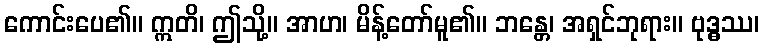
ကောင်းပေ၏။ ဣတိ၊ ဤသို့။ အာဟ၊ မိန့်တော်မူ၏။ ဘန္တေ၊ အရှင်ဘုရား။ ဗုဒ္ဓဿ၊